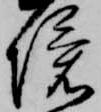
境